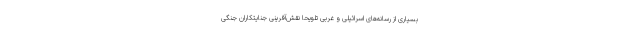
بسیاری از رسانه‌های اسرائیلی و غربی تلویحا نقش‌آفرینی جنایتکاران جنگی